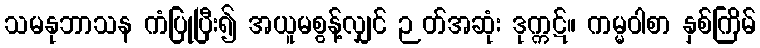
သမနုဘာသန ကံပြုပြီး၍ အယူမစွန့်လျှင် ဉတ်အဆုံး ဒုက္ကဋ်။ ကမ္မဝါစာ နှစ်ကြိမ်